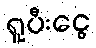
ရူပီးငွေ